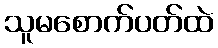
သူမစောက်ပတ်ထဲ